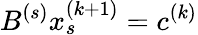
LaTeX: B^{(s)}x_{s}^{(k+1)}=c^{(k)}